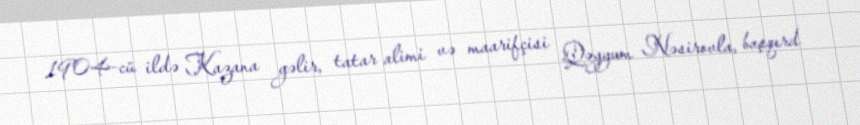
1904-cü ildə Kazana gəlir, tatar alimi və maarifçisi Qəyyum Nəsirovla, başqırd